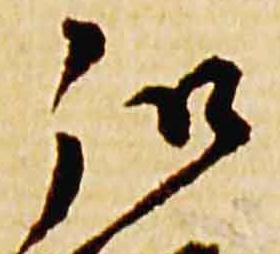
弘